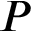
P